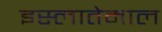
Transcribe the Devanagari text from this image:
इस्लातेमाल